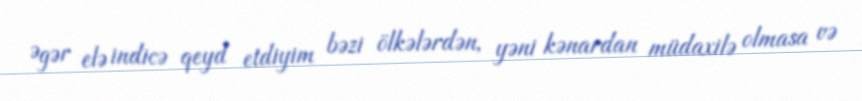
Əgər elə indicə qeyd etdiyim bəzi ölkələrdən, yəni kənardan müdaxilə olmasa və